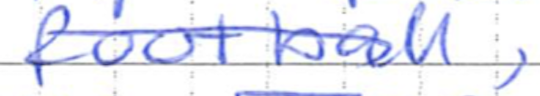
Text: football,
Cross-out: diagonal
Writing tool: ballpoint